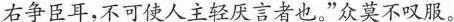
右争臣耳，不可使人主轻厌言者也。”众莫不叹服。